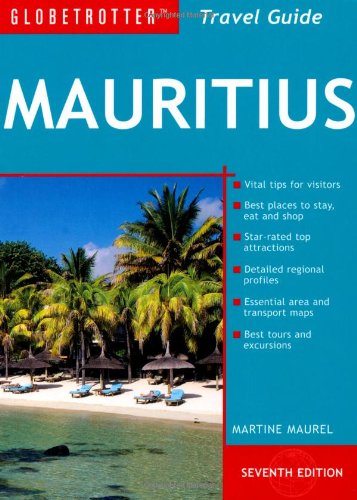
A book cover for Mauritius Travel Pack, 7th (Globetrotter Travel Packs); Martine Maurel; Travel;